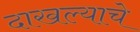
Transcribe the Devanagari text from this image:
दाखल्याचे